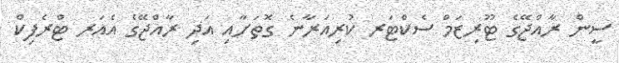
ސީން ރާއްޖޭގެ ޓޫރިޒަމް ސެކްޓަރ ކުރިއަރާނެ ގޮތަށާއި އަދި ރާއްޖޭގެ އެއަރ ޓްރެފިކް